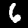
Label: 6